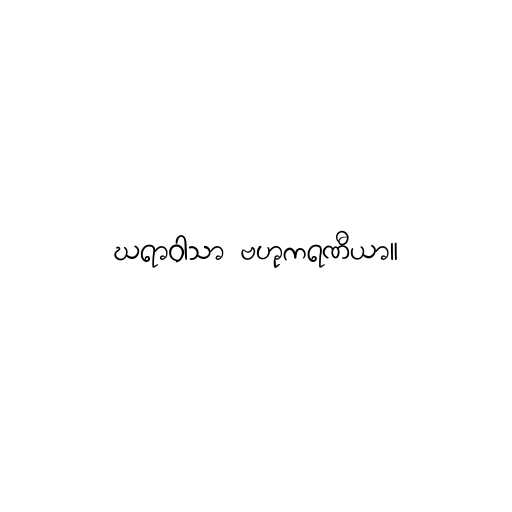
ဃရာဝါသာ ဗဟုကရဏီယာ။